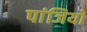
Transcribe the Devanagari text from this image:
पांजियों